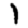
Digit: 1